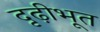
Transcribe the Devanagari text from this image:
दृढ़ीभूत